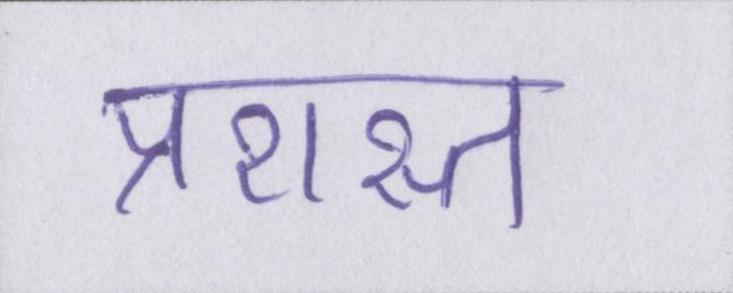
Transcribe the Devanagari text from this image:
प्रशस्त